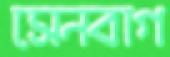
সেনবাগ